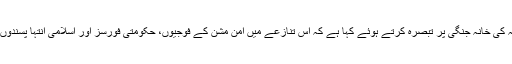
انسانی حقوق کی بین الاقوامی تنظیم ہیومن رائٹس واچ نے اپنے ایک بیان میں صومالیہ کی خانہ جنگی پر تبصرہ کرتے ہوئے کہا ہے کہ اس تنازعے میں امن مشن کے فوجیوں، حکومتی فورسز اور اسلامی انتہا پسندوں سے سمیت تمام فریقین نے عام شہریوں کے قتل اور جنگی جرائم کا ارتکاب کیا ہے۔